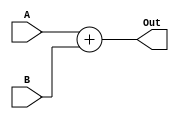
`timescale 1ns / 1ps
//////////////////////////////////////////////////////////////////////////////////
// Company: 
// Engineer: 
// 
// Design Name: 
// Module Name: JumpAdder
// Project Name: 
// Target Devices: 
// Tool Versions: 
// Description: 
// 
// Dependencies: 
// 
// Revision:
// Revision 0.01 - File Created
// Additional Comments:
// 
//////////////////////////////////////////////////////////////////////////////////


module JumpAdder(A, B, Out);
    input[31:0] A, B;
    output reg[31:0] Out;
    
    initial begin
        Out = 0;
    end
    
    always @(*) begin
        Out <= A+B;
    end
    
endmodule